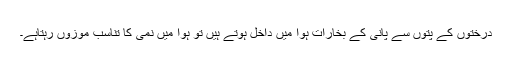
درختوں کے پتوں سے پانی کے بخارات ہوا میں داخل ہوتے ہیں تو ہوا میں نمی کا تناسب موزوں رہتاہے۔